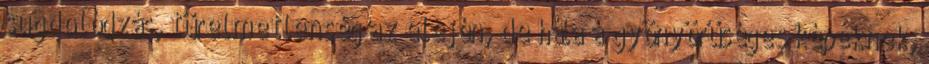
sugdolódzás, türelmetlenség az elején, de hála a gyönyörűséges képeknek,